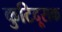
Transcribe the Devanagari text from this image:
कुटिदूसक